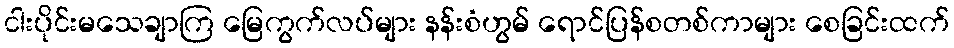
ငါးပိုင်းမသေချာကြ မြေကွက်လပ်များ နန်းစံဟွမ် ရောင်ပြန်စတစ်ကာများ စေခြင်းထက်